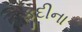
ફૂદીના